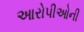
આરોપીઓની